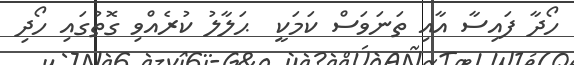
ހޯދާ ފައިސާ އާއި ތަނަވަސް ކަމަކީ  ޙަލާލު ކުރެއްވި ގޮތުގައި ހޯދި